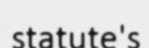
statute's